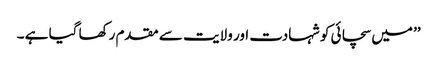
’’ میں سچائی کو شہادت اور ولایت سے مقدم رکھا گیا ہے ۔